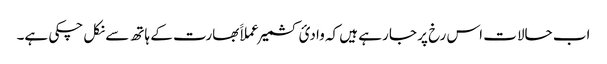
اب حالات اس رخ پر جا رہے ہیں کہ وادیٔ کشمیر عملاََ بھارت کے ہاتھ سے نکل چکی ہے۔